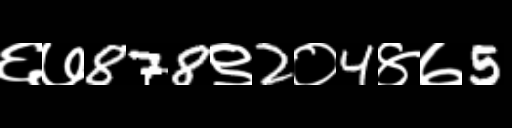
Text: ६७878९2०4४७5